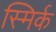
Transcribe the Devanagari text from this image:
स्मिर्क